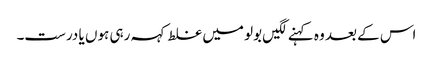
اس کے بعد وہ کہنے لگیں بولو میں غلط کہہ رہی ہوں یا درست۔